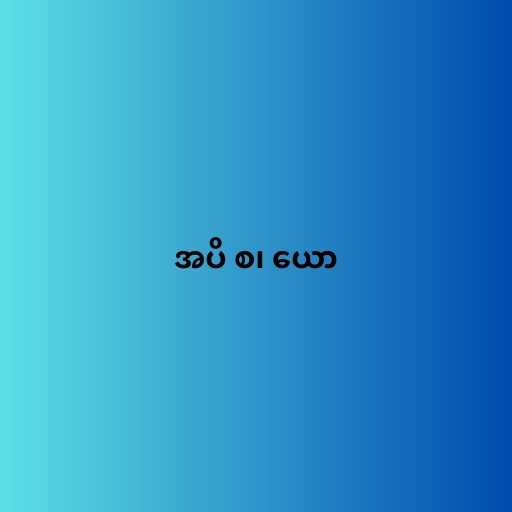
အပိ စ၊ ယော